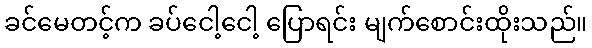
ခင်မေတင့်က ခပ်ငေါ့ငေါ့ ပြောရင်း မျက်စောင်းထိုးသည်။